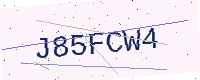
Text: J85FCW4